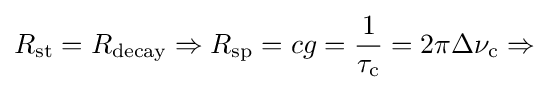
R_{\rm {st}}=R_{\rm {decay}}\Rightarrow R_{\rm {sp}}=cg={\frac {1}{\tau _{\rm {c}}}}=2\pi \Delta \nu _{\rm {c}}\Rightarrow